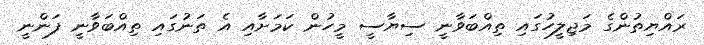
ރައްޔިތުންގެ މަޖިލީހުގައި ތިއްބަވާނީ ސިޔާސީ މީހުން ކަމަށާއި އެ ތަނުގައި ތިއްބަވާނީ ފަންނީ